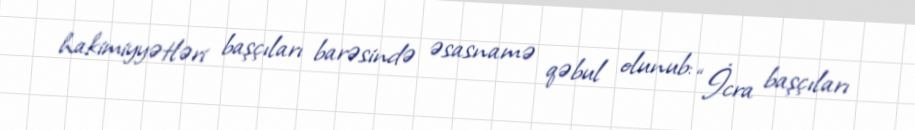
hakimiyyətləri başçıları barəsində əsasnamə qəbul olunub: “İcra başçıları